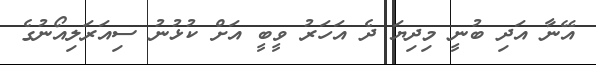
އޭނާ އަދި ބުނީ މިދިޔަ ދެ އަހަރު ވީބީ އަށް ކުޅުނު ސިއަރަލިއޯނުގެ